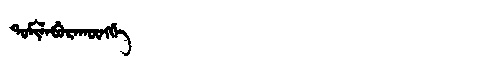
Manchu: ᡨᠣᠮᡳᠯᠠᠪᡠᡵᠠᡴᡡᠩᡤᡝ
Romanization: TOMILABURAKŪNGGE